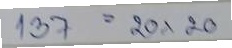
137 = 20x20